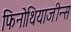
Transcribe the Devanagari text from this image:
फिनोथियाजीन्स